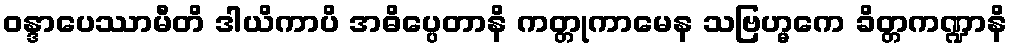
ဝန္ဒာပေဿာမီတိ ဒါယိကာပိ အဓိပ္ပေတာနိ ကတ္တုကာမေန သဗြဟ္မကေ ခိတ္တကဏ္ဍာနိ